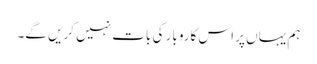
ہم یہاں پر اس کاروبار کی بات نہیں کریں گے۔